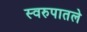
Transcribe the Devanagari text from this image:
स्वरुपातले